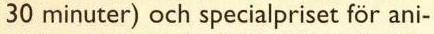
30 minuter) och specialpriset för ani-